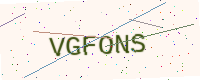
Text: VGFONS